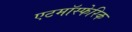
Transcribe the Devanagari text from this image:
एटमॉस्फेरिक